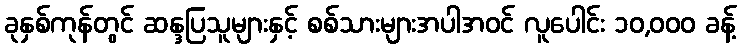
ခုနှစ်ကုန်တွင် ဆန္ဒပြသူများနှင့် စစ်သားများအပါအဝင် လူပေါင်း ၁၀,၀၀၀ ခန့်